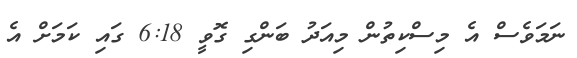
ނަމަވެސް އެ މިސްކިތުން މިއަދު ބަންގި ގޮވީ 6:18 ގައި ކަމަށް އެ